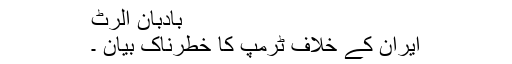
بادبان الرٹ
ایران کے خلاف ٹرمپ کا خطرناک بیان ۔